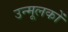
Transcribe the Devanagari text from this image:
उन्मूलकों